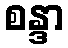
စန္ဒာ